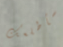
سأطلعك